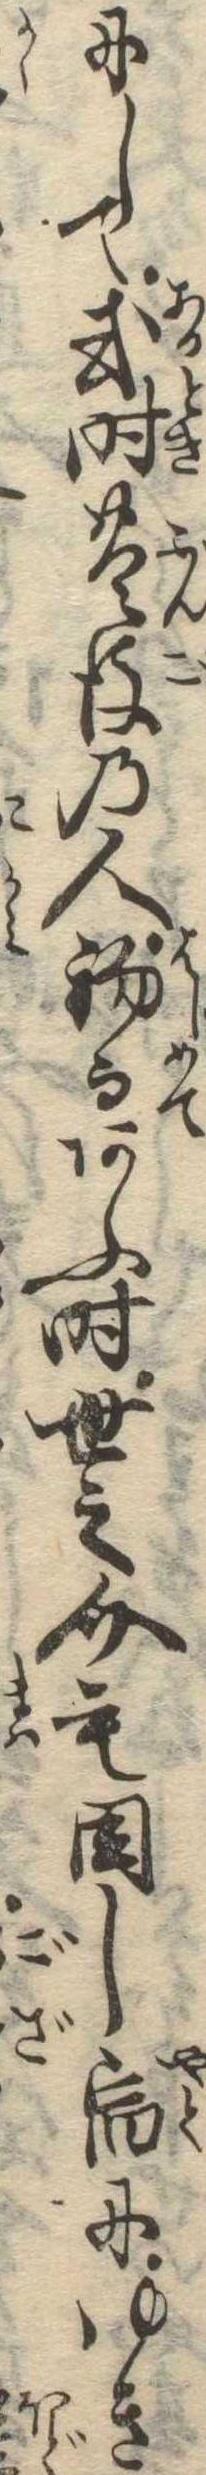
にして或時豊後の人初而あふ時世之介も同し宿にゆき